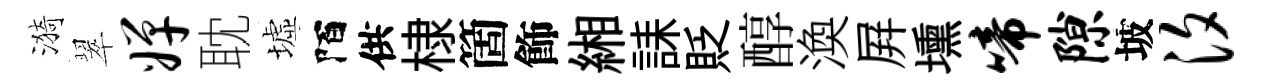
漪翠婵耽墟陌供棣箇飾緗誄貶醇渙屛壎啼隙坡汐